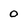
Character: 0